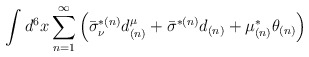
\begin{align*}\int d^6 x\sum ^{\infty}_{n=1}\left(\bar \sigma ^{*(n)}_{\nu } d ^{\mu }_{(n)}+\bar \sigma ^{*(n)} d _{(n)}+\mu ^{*}_{(n)} \theta _{(n)}\right)\end{align*}